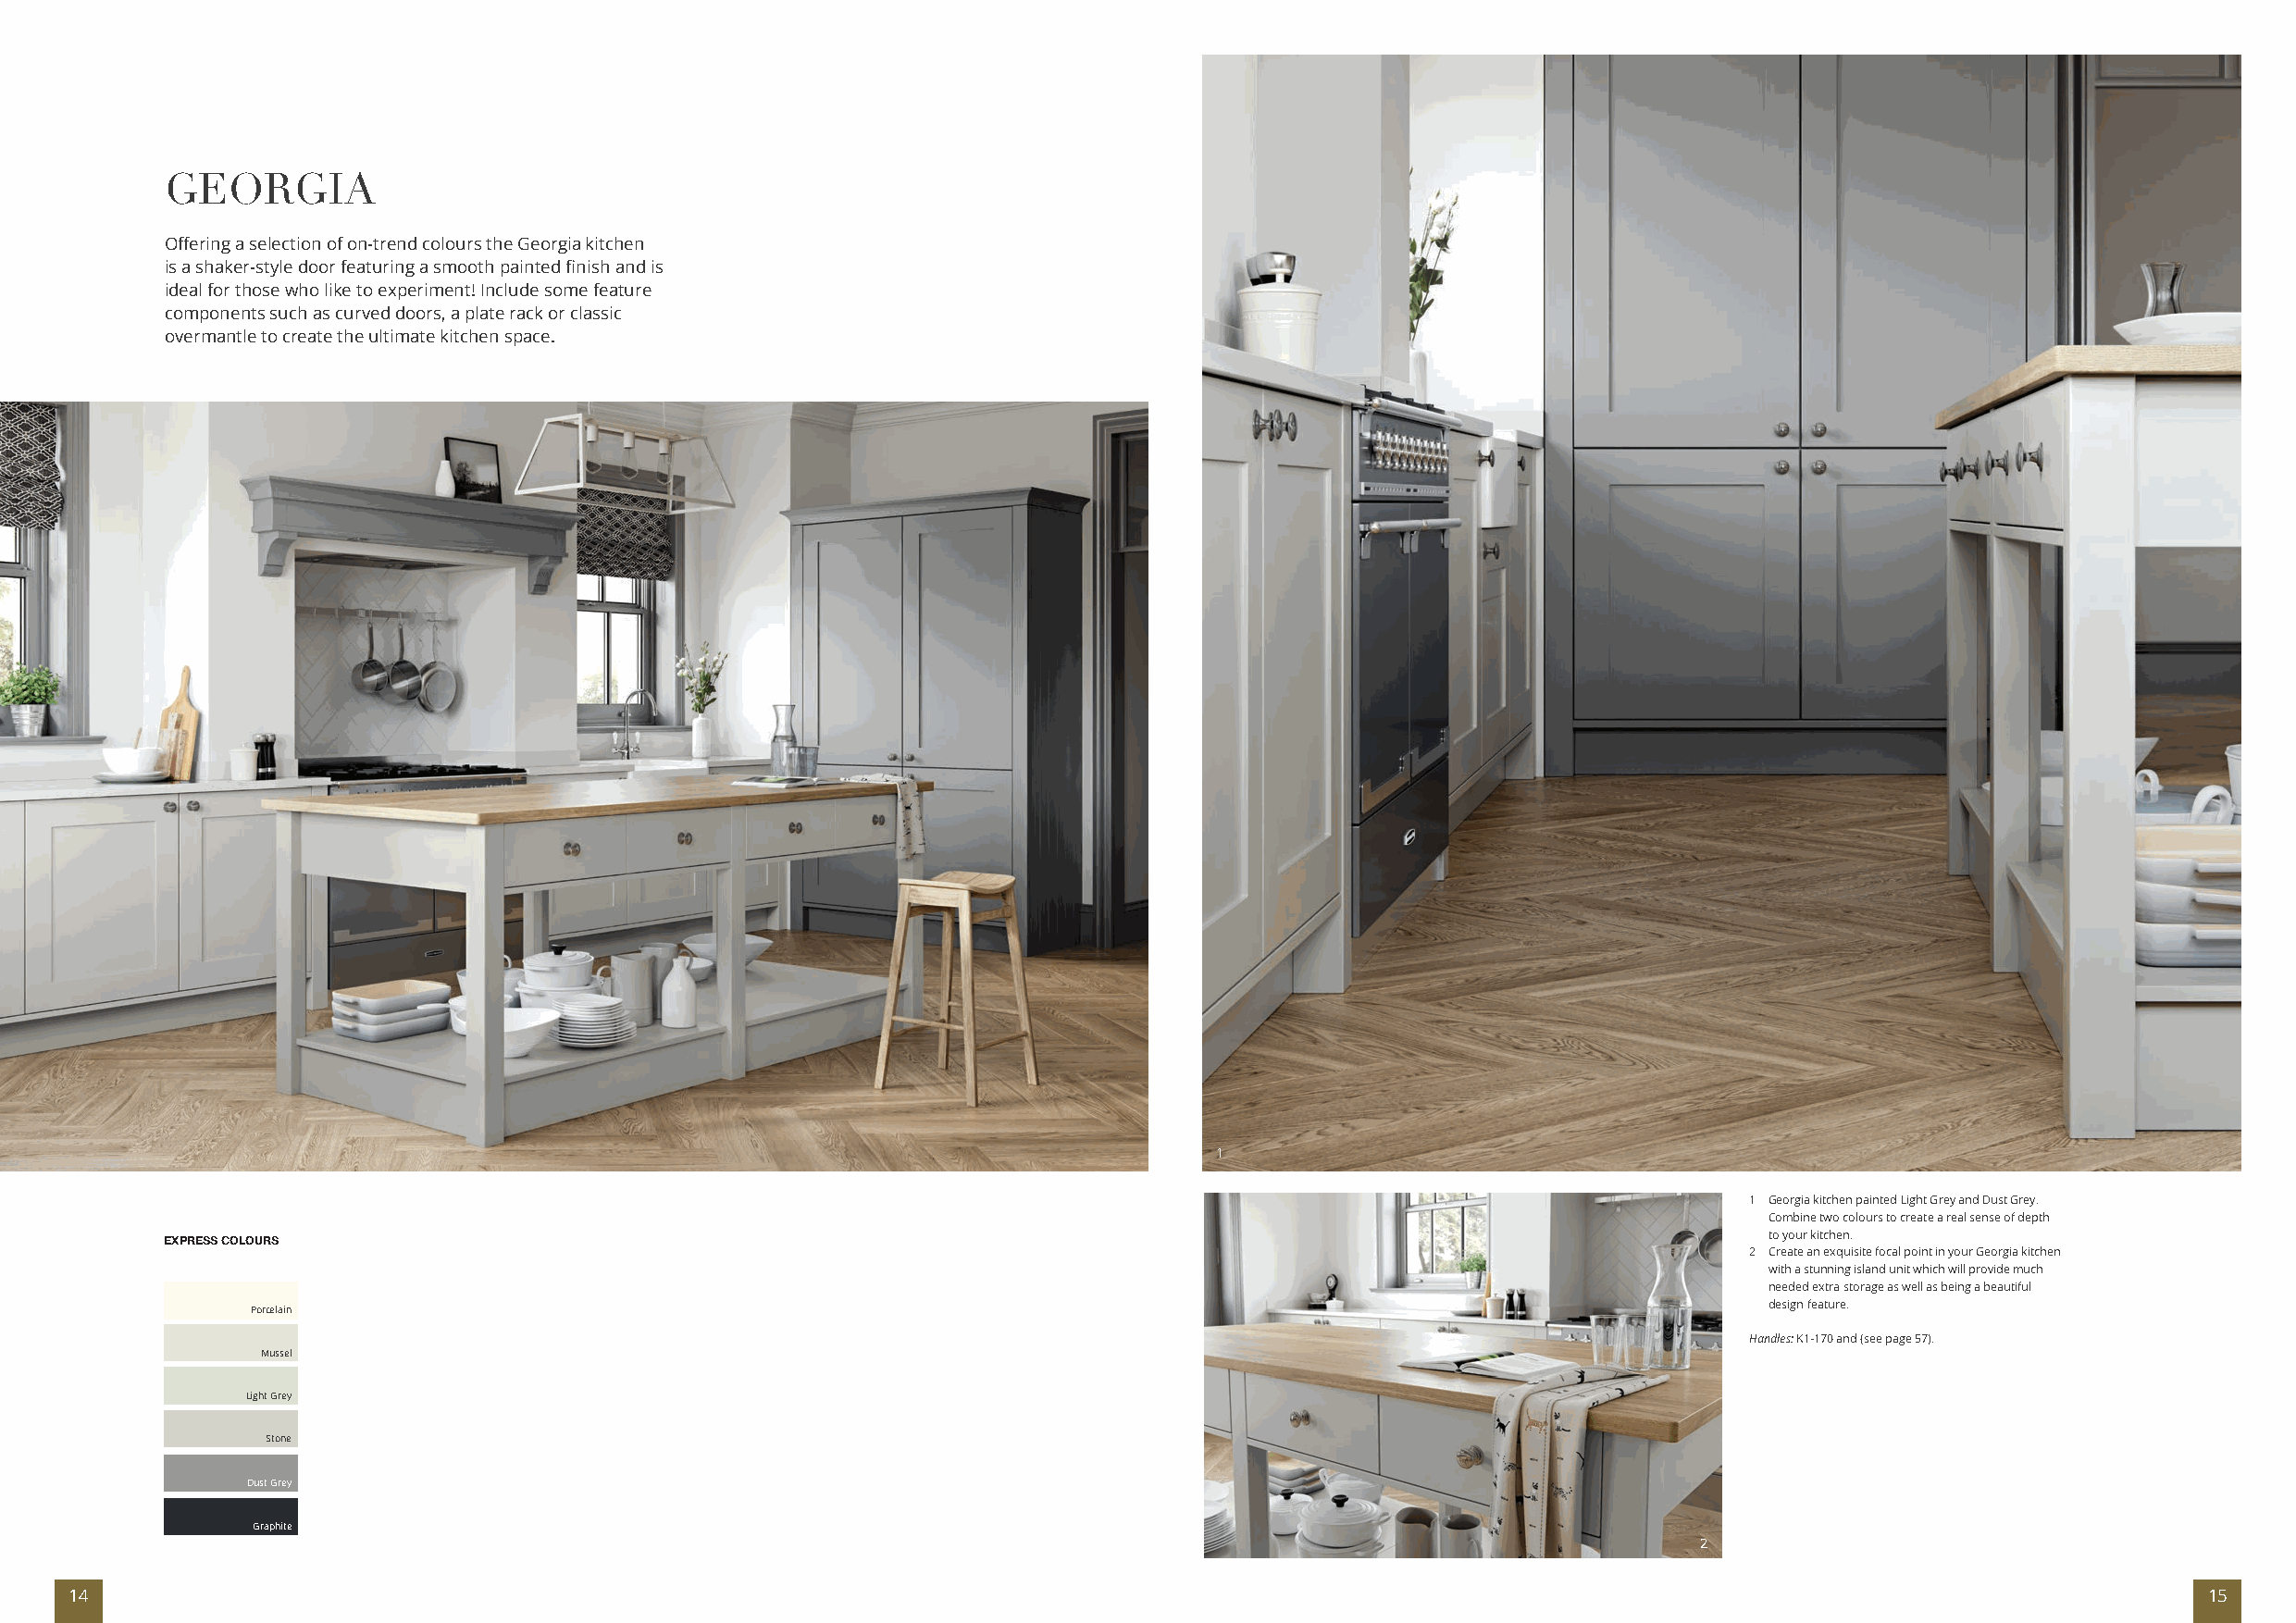
GEORGIA
 Offering a selection of on-trend colours the Georgia kitchen
 is a shaker-style door featuring a smooth painted finish and is
 ideal for those who like to experiment! Include some feature
 components such as curved doors, a plate rack or classic
 overmantle to create the ultimate kitchen space.
 1
 1 Georgia kitchen painted Light Grey and Dust Grey.
 Combine two colours to create a real sense of depth
 to your kitchen.
 EXPRESS COLOURS
 2 Create an exquisite focal point in your Georgia kitchen
 with a stunning island unit which will provide much
 needed extra storage as well as being a beautiful
 design feature.
 Porcelain
 Handles: K1-170 and (see page 57).
 Mussel
 Light Grey
 Stone
 Dust Grey
 Graphite
 2
 14                                                                                                                                                       15